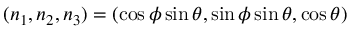
( n _ { 1 } , n _ { 2 } , n _ { 3 } ) = ( \cos \phi \sin \theta , \sin \phi \sin \theta , \cos \theta )